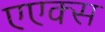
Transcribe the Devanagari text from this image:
एएक्स